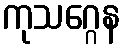
ကုသဂ္ဂေန